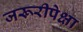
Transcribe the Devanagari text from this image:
जरूरीपेक्षा